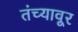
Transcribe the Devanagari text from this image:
तंच्यावूर